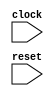
module behavior_model (
    input wire clock,
    input wire reset,
    // other input and output ports
    
);

always @(posedge clock or negedge reset) begin
    if (clock && ~reset) begin
        // block of code to be executed
    end
end

endmodule